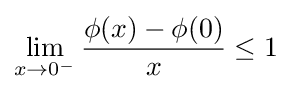
\lim _{x\to 0^{-}}{\frac {\phi (x)-\phi (0)}{x}}\leq 1